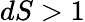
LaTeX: dS>1